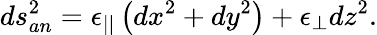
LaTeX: ds_{an}^{2}=\epsilon_{||}\left(dx^{2}+dy^{2}\right)+\epsilon_{\perp}dz^{2}.